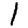
Digit: 1